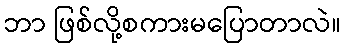
ဘာ ဖြစ်လို့စကားမပြောတာလဲ။